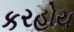
કરહોય